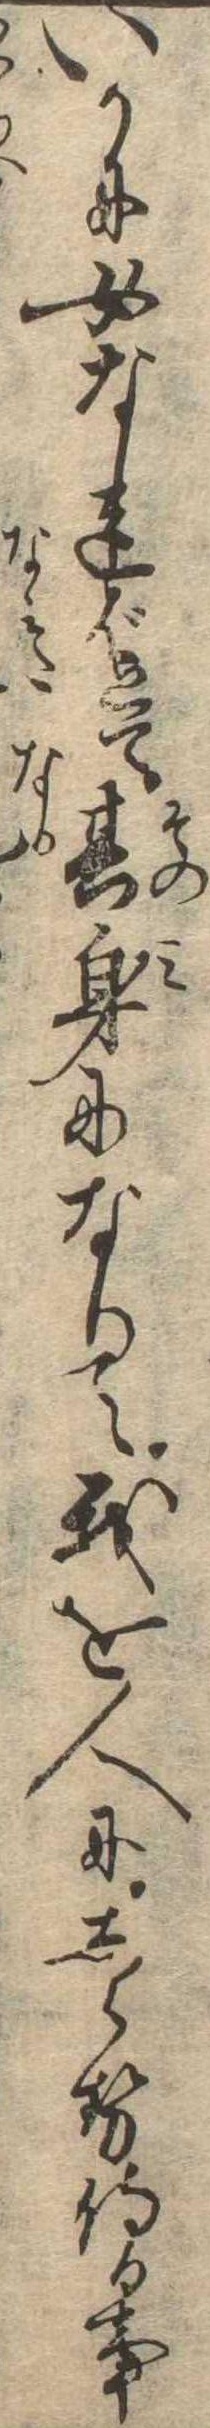
いかに女なればとて其身になりて我を人にしらせ侍る事